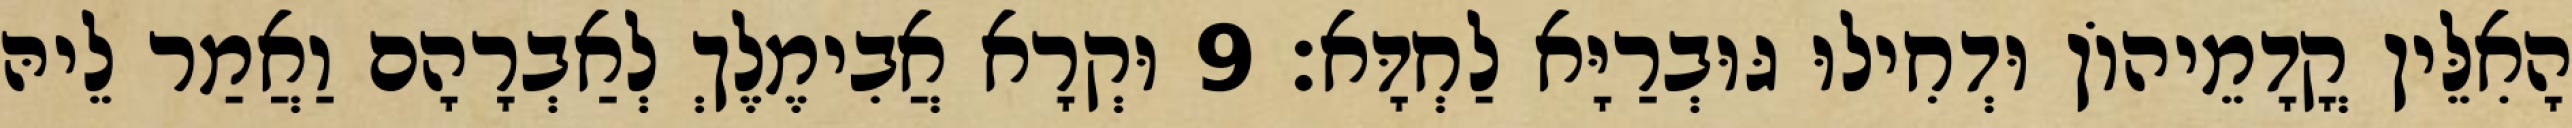
הָאִלֵּין קֳדָמֵיהוֹן וּדְחִילוּ גּוּבְרַיָּא לַחְדָּא׃ 9 וּקְרָא אֲבִימֶלֶךְ לְאַבְרָהָם וַאֲמַר לֵיהּ